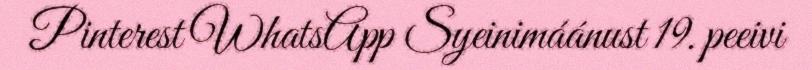
Pinterest WhatsApp Syeinimáánust 19. peeivi